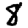
Digit: 8